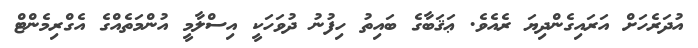
އުދަރެހަށް އަރައިގެންދިޔަ ރެއެވެ. ޢަޤަބާގެ ބައިތު ހިފުނު ދުވަހަކީ އިސްލާމީ އުންމަތެއްގެ އެގްރިމެންޓް